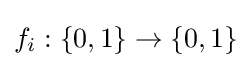
f_{i}:\left\{{0},{1}\right\}\to \left\{{0},{1}\right\}